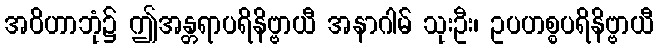
အဝိဟာဘုံ၌ ဤအန္တရာပရိနိဗ္ဗာယီ အနာဂါမ် သုးဦး၊ ဥပဟစ္စပရိနိဗ္ဗာယီ